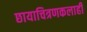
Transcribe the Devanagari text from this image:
छायाचित्रणकलाही